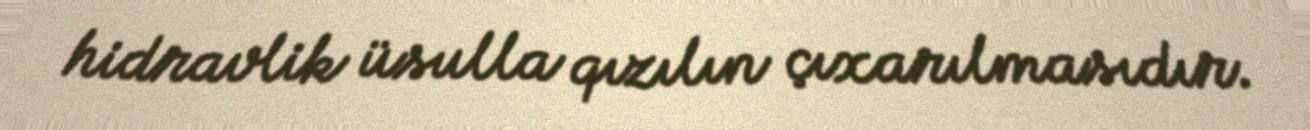
hidravlik üsulla qızılın çıxarılmasıdır.